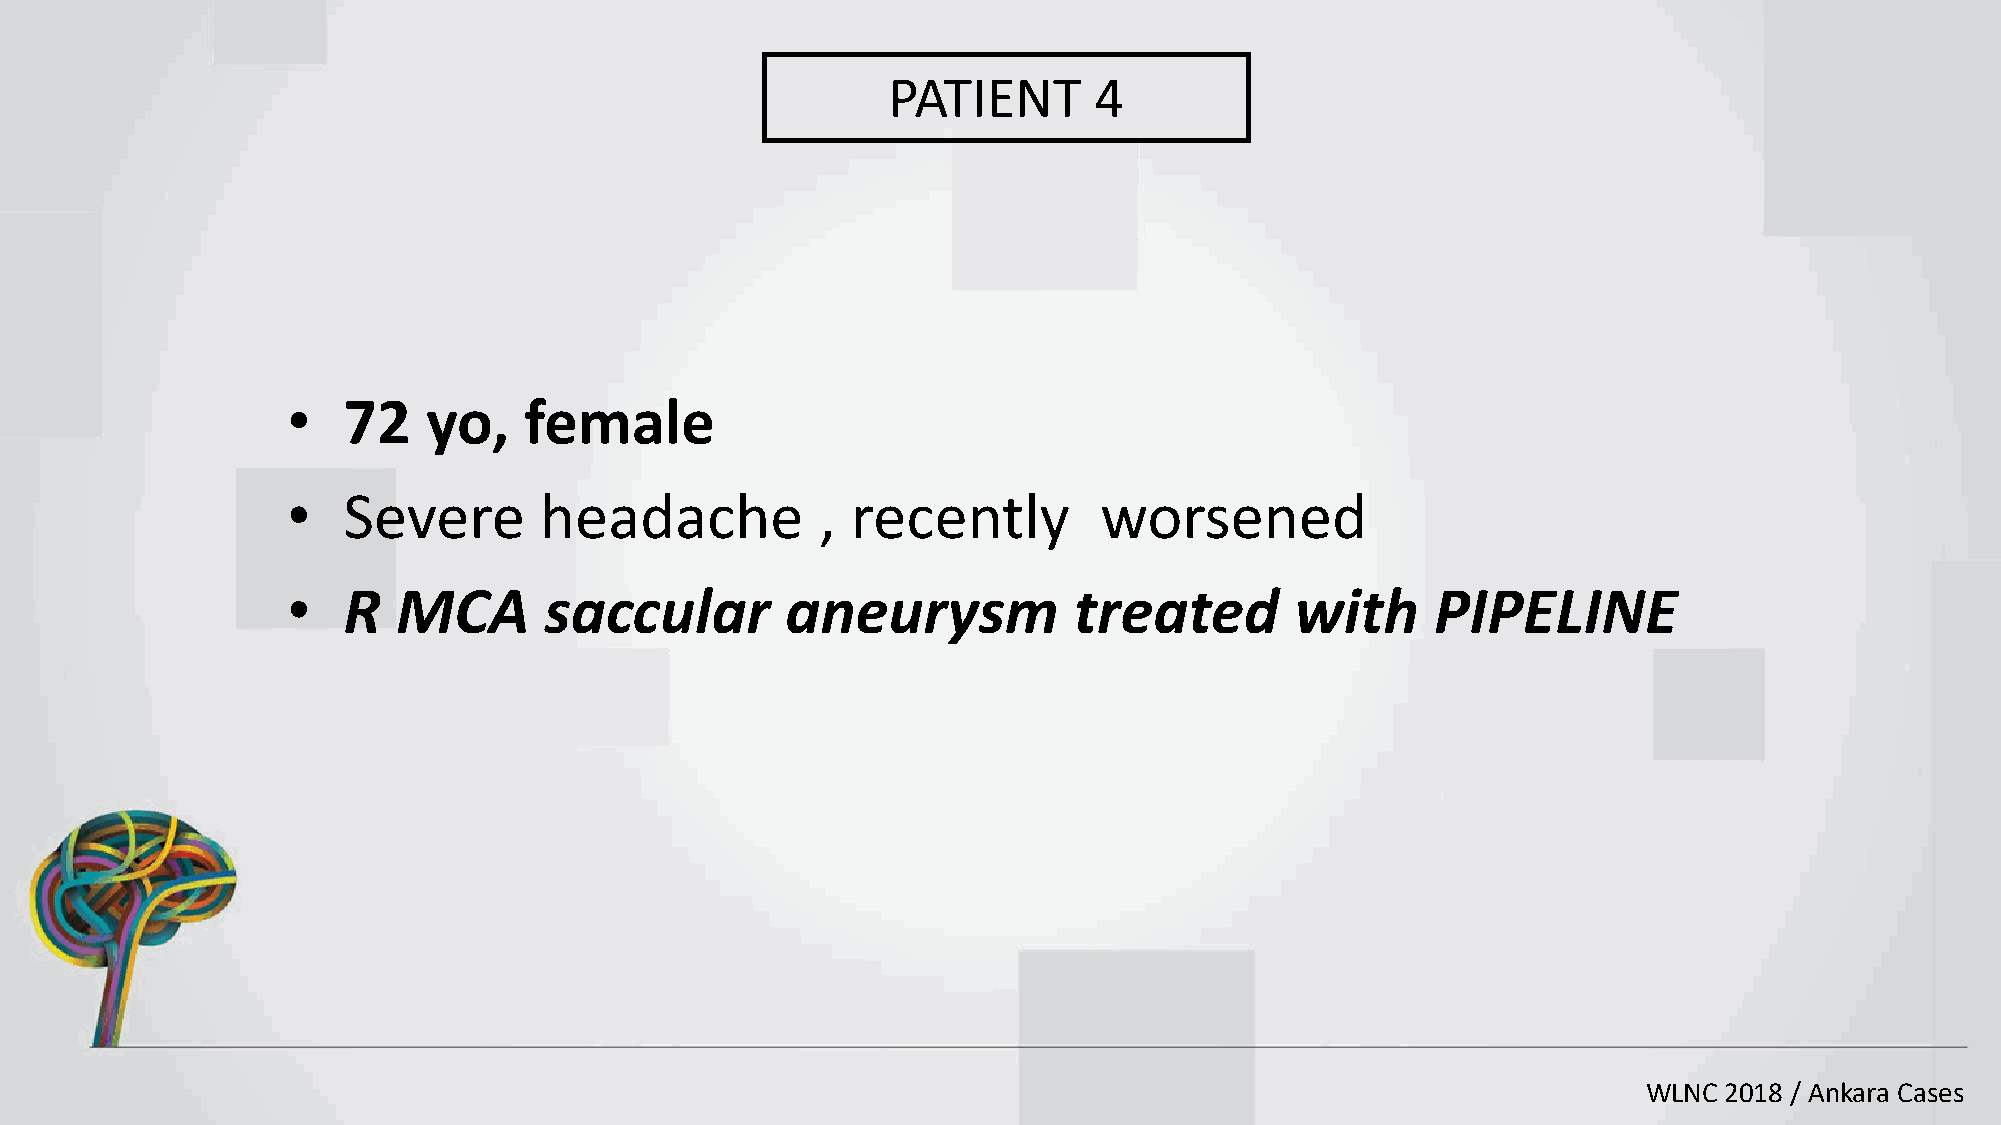
PATIENT      4
 •   72   yo,    female
 •   Severe       headache          , recently         worsened
 •   R  MCA       saccular        aneurysm           treated        with     PIPELINE
 WLNC 2018 / Ankara Cases